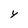
Character: Y